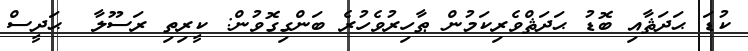
ކުޑަ ޙަދަޘާއި ބޮޑު ޙަދަޘްވެރިކަމުން ޠާހިރުވެހުރެ ބަންގިގޮވުން: ކީރިތި ރަސޫލާ  ޙަދީސް